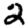
Digit: 2